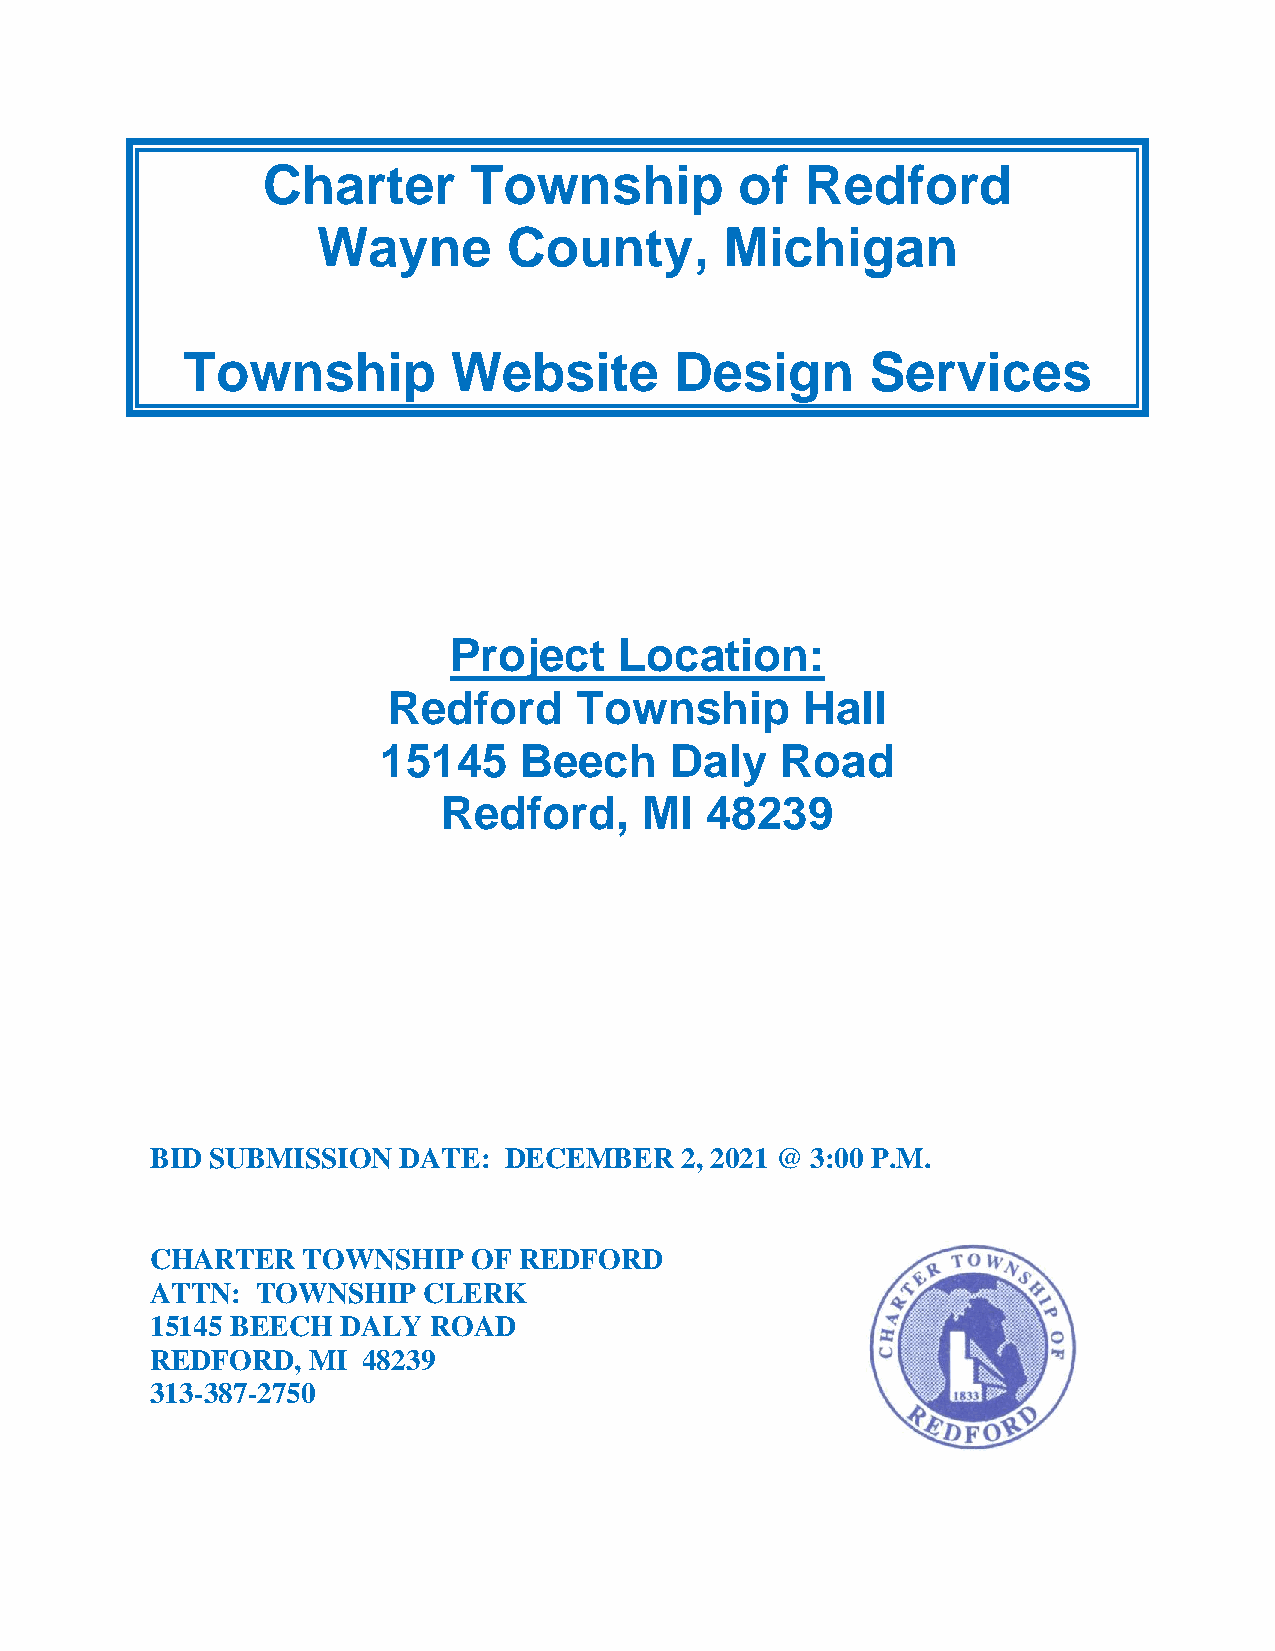
Charter       Township          of  Redford
 Wayne        County,       Michigan
 Township          Website        Design       Services
 Project    Location:
 Redford     Township       Hall
 15145    Beech     Daly    Road
 Redford,      MI  48239
 BID SUBMISSION  DATE:  DECEMBER    2, 2021 @ 3:00 P.M.
 CHARTER   TOWNSHIP   OF REDFORD
 ATTN:  TOWNSHIP   CLERK
 15145 BEECH DALY  ROAD
 REDFORD,  MI  48239
 313-387-2750